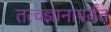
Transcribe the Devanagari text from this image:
तत्वज्ञानापर्यंत